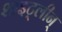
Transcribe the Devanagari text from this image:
शाइट्लीन्